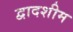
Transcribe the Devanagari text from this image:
द्वादशीम